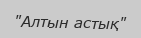
"Алтын астық"